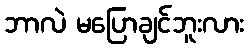
ဘာလဲ မပြောချင်ဘူးလား